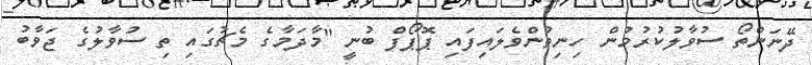
ދޭނަންތޯ ސުވާލުކުރުމުން ހިނިތުންވެލައިފައި ޕޮޕޯފް ބުނީ "މާދަމާގެ މެޗުގައި ތި ސުވާލުގެ ޖަވާބު